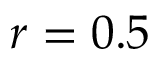
r = 0 . 5